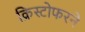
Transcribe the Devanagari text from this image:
क्रिस्टोफरने